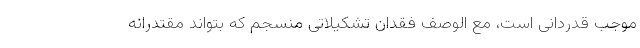
موجب قدردانی است، مع الوصف فقدان تشکیلاتی منسجم که بتواند مقتدرانه